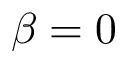
\beta = 0